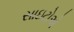
સાઇટોએ